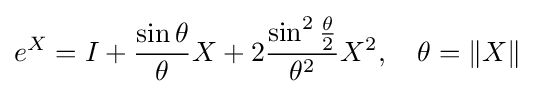
e^{X}=I+{\frac {\sin \theta }{\theta }}X+2{\frac {\sin ^{2}{\frac {\theta }{2}}}{\theta ^{2}}}X^{2},\quad \theta =\|X\|